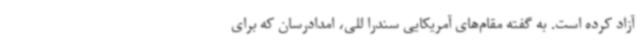
آزاد کرده است. به گفته مقام‌های آمریکایی سندرا للی، امدادرسان که برای